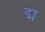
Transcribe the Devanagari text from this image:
द्म